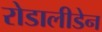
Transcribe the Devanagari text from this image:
रोडालीडेन